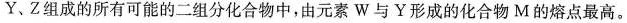
Y、Z组成的所有可能的二组分化合物中，由元素W与￥形成的化合物M的熔点最高。